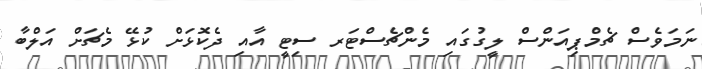
ނަމަވެސް ޗެމްޕިއަންސް ލީގުގައި މެންޗެސްޓަރ ސިޓީ އާއި ދެކޮޅަށް ކުޅޭ މެޗަށް އަލްބާ